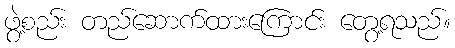
ဖွဲ့စည်း တည်ဆောက်ထားကြောင်း တွေ့ရသည်။